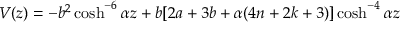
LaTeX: V ( z ) = - b ^ { 2 } \cosh ^ { - 6 } { \alpha z } + b [ 2 a + 3 b + \alpha ( 4 n + 2 k + 3 ) ] \cosh ^ { - 4 } { \alpha z }